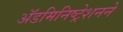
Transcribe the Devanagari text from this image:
ॲडमिनिष्ट्रेशनने